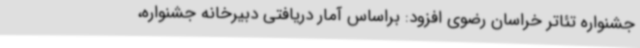
جشنواره تئاتر خراسان رضوی افزود: براساس آمار دریافتی دبیرخانه جشنواره،